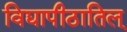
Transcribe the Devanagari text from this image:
विद्यापीठातिल्